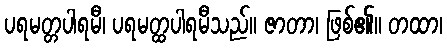
ပရမတ္တပါရမီ၊ ပရမတ္ထပါရမီသည်။ ဇာတာ၊ ဖြစ်၏။ တထာ၊